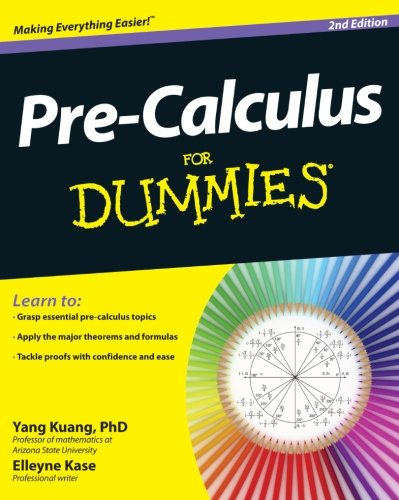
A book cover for Pre-Calculus For Dummies; Yang Kuang; Science & Math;